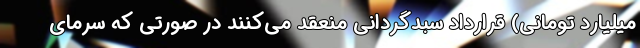
میلیارد تومانی) قرارداد سبدگردانی منعقد می‌کنند در صورتی که سرمای